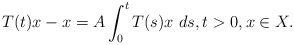
\begin{align*}T(t)x-x=A\int_{0}^{t}T(s)x\ ds,t>0,x\in X.\end{align*}